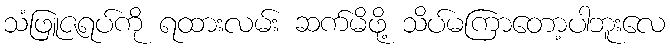
သံဖြူဇရပ်ကို ရထားလမ်း ဆက်မိဖို့ သိပ်မကြာတော့ပါဘူးလေ